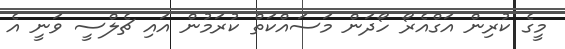
މީގެ ކުރިން އަގްއެރޯ ހޯދަން މަސައްކަތް ކުރަމުން އައި ޗެލްސީ ވަނީ އެ